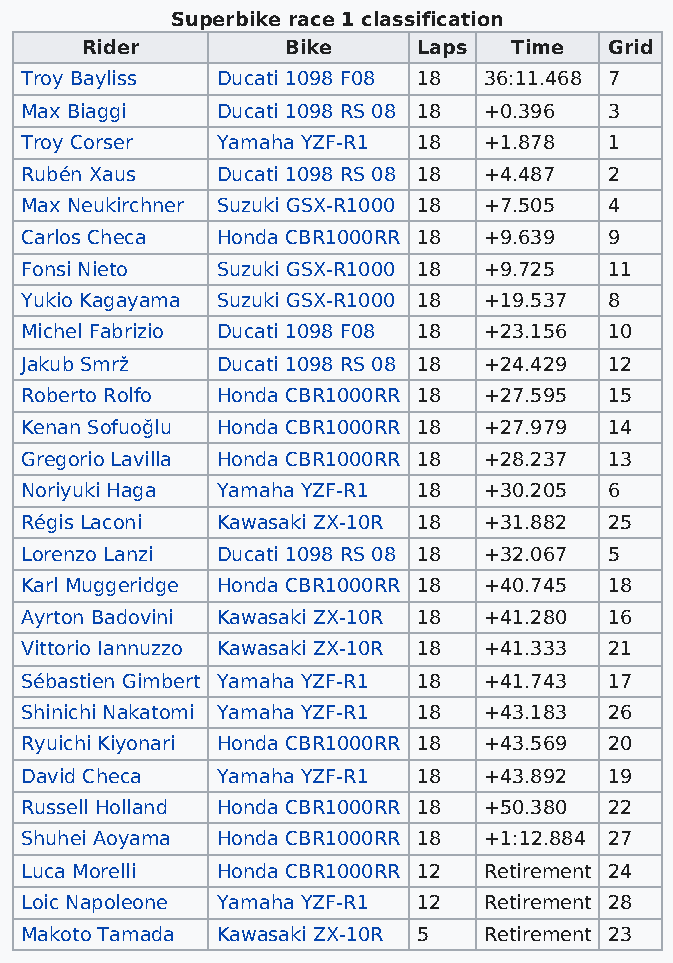
Superbike race 1 classification
 Rider         Bike     Laps  Time  Grid
 Troy Bayliss Ducati 1098 F08 18 36:11.468 7
 Max Biaggi   Ducati 1098 RS 08 18 +0.396 3
 Troy Corser  Yamaha YZF-R1 18  +1.878  1
 Rubén Xaus   Ducati 1098 RS 08 18 +4.487 2
 Max Neukirchner Suzuki GSX-R1000 18 +7.505 4
 Carlos Checa Honda CBR1000RR 18 +9.639 9
 Fonsi Nieto  Suzuki GSX-R1000 18 +9.725 11
 Yukio Kagayama Suzuki GSX-R1000 18 +19.537 8
 Michel Fabrizio Ducati 1098 F08 18 +23.156 10
 Jakub Smrž   Ducati 1098 RS 08 18 +24.429 12
 Roberto Rolfo Honda CBR1000RR 18 +27.595 15
 Kenan Sofuoğlu Honda CBR1000RR 18 +27.979 14
 Gregorio Lavilla Honda CBR1000RR 18 +28.237 13
 Noriyuki Haga Yamaha YZF-R1 18 +30.205 6
 Régis Laconi Kawasaki ZX-10R 18 +31.882 25
 Lorenzo Lanzi Ducati 1098 RS 08 18 +32.067 5
 Karl Muggeridge Honda CBR1000RR 18 +40.745 18
 Ayrton Badovini Kawasaki ZX-10R 18 +41.280 16
 Vittorio Iannuzzo Kawasaki ZX-10R 18 +41.333 21
 Sébastien Gimbert Yamaha YZF-R1 18 +41.743 17
 Shinichi Nakatomi Yamaha YZF-R1 18 +43.183 26
 Ryuichi Kiyonari Honda CBR1000RR 18 +43.569 20
 David Checa  Yamaha YZF-R1 18  +43.892 19
 Russell Holland Honda CBR1000RR 18 +50.380 22
 Shuhei Aoyama Honda CBR1000RR 18 +1:12.884 27
 Luca Morelli Honda CBR1000RR 12 Retirement 24
 Loic Napoleone Yamaha YZF-R1 12 Retirement 28
 Makoto Tamada Kawasaki ZX-10R 5 Retirement 23